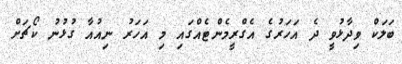
ބަލަކް ވިދާޅުވީ ދެ އަހަރުގެ އެގްރީމެންޓެއްގައި މި އަހަރު ނިއުއާ ގުޅުނު ކޯޗަށް